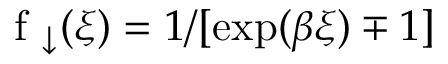
\mathrm { ~ f ~ } _ { \downarrow } ( \xi ) = 1 / [ \exp ( \beta \xi ) \mp 1 ]